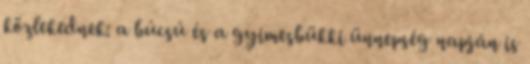
közlekednek: a búcsú és a gyimesbükki ünnepség napján is